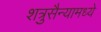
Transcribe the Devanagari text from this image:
शत्रुसैन्यामध्ये